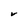
Character: V